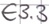
Text: E3.3